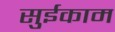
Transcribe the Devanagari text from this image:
सुईकाम